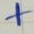
Text: +